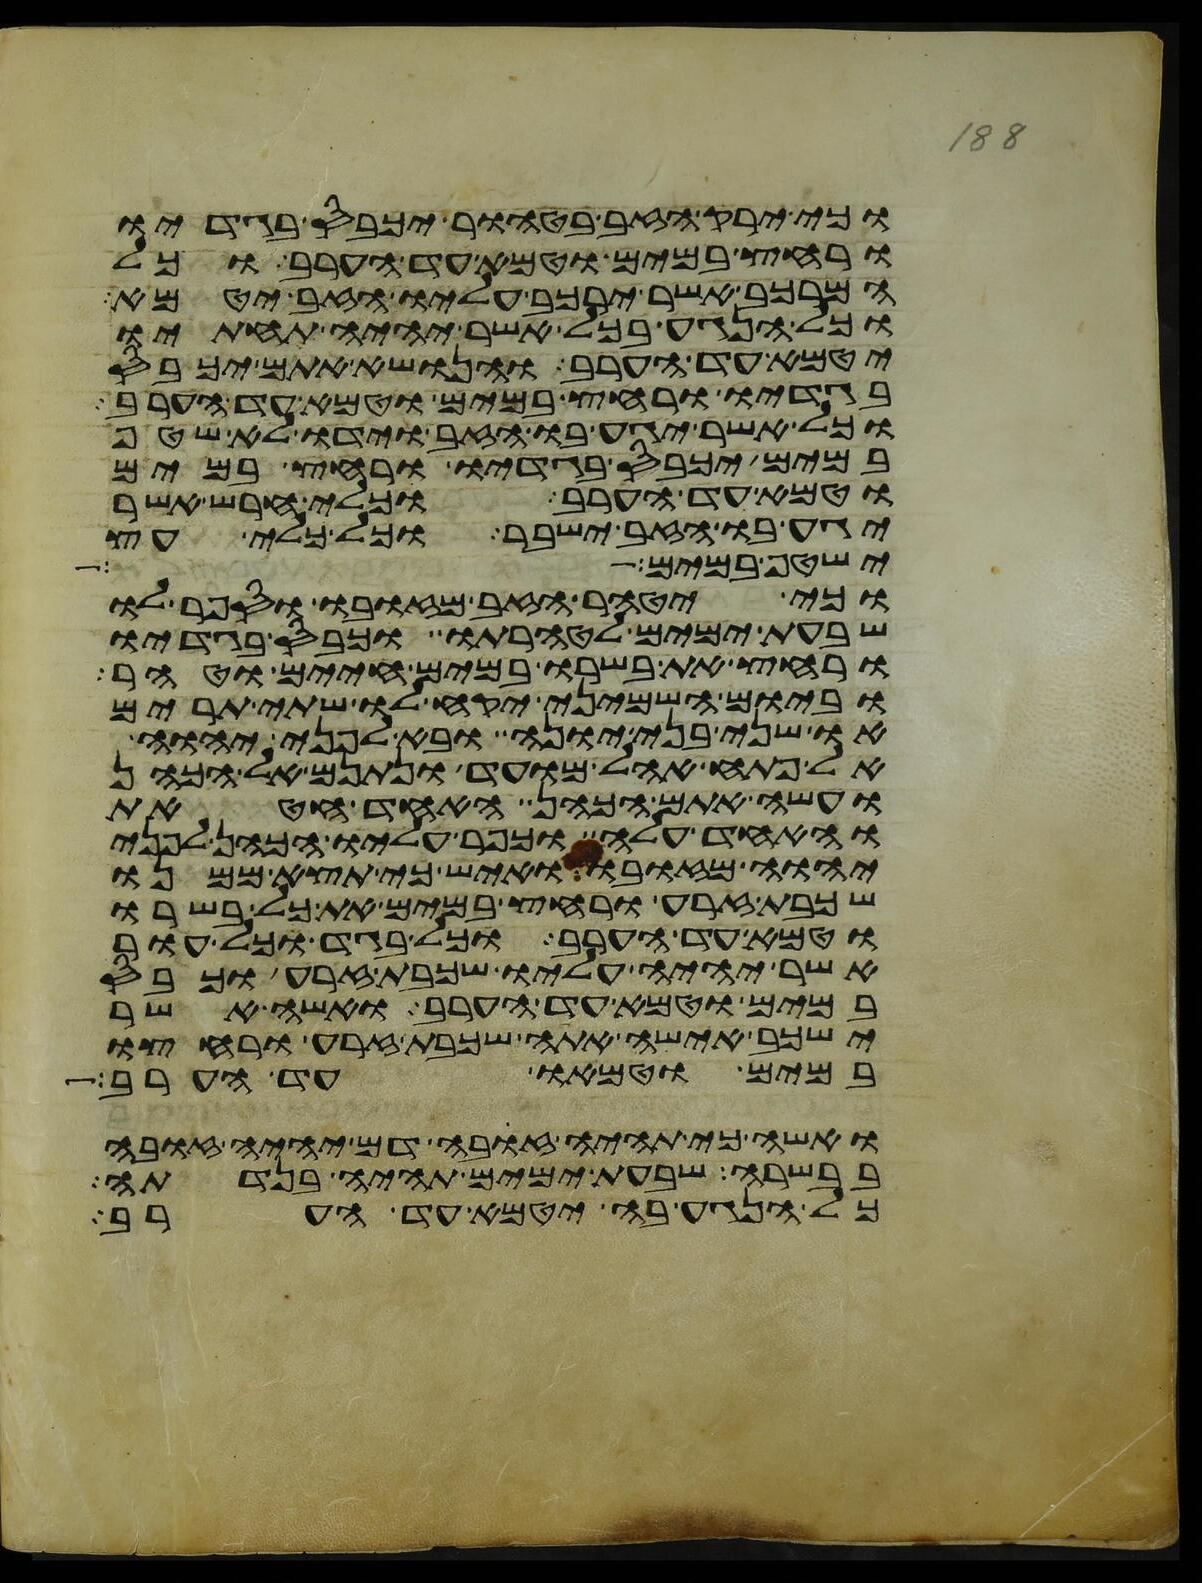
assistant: וכי ירק הזב בטהור יכבס בגדיו
ורחץ במים וטמא עד הערב וכל
המרכב אשר ירכב עליו הזב יטמא
וכל הנגע בכל אשר יהיה תחתיו
יטמא עד הערב והנושא אתם יכבס
בגדיו ורחץ במים וטמא עד הערב
וכל אשר יגע בו הזב וידו לא שטף
במים יכבס בגדיו ורחץ במים
וטמא עד הערב וכלי חרש אשר
יגע בו הזב ישבר וכל כלי עץ
ישטף במים
וכי יטהר הזב מזובו וספר לו
שבעת ימים לטהרתו וכבס בגדיו
ורחץ את בשרו במים חיים וטהר
וביום השמיני יקח לו שתי תרים
או שני בני יונה ובא לפני יהוה
אל פתח אהל מועד ונתנם אל הכהן
ועשה אתם הכהן אחד חטאת
ואחד עלה וכפר עליו הכהן לפני
יהוה מזובו ואיש כי תצא ממנו
שכבת זרע ורחץ במים את כל בשרו
וטמא עד הערב וכל בגד וכל עור
אשר יהיה עליו שכבת זרע וכבס
במים וטמא עד הערב ואשה אשר
ישכב אישה אתה שכבת זרע ורחצו
במים וטמאו עד הערב
ואשה כי תהיה זבה דם יהיה זובה
בבשרה שבעת ימים תהיה בנדתה
כל הנגע בה יטמא עד הערב